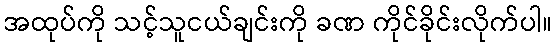
အထုပ်ကို သင့်သူငယ်ချင်းကို ခဏ ကိုင်ခိုင်းလိုက်ပါ။